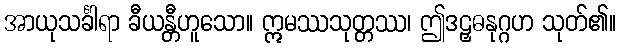
အာယုသင်္ခါရာ ခီယန္တီဟူသော။ ဣမဿသုတ္တဿ၊ ဤဒဠှဓနုဂ္ဂဟ သုတ်၏။